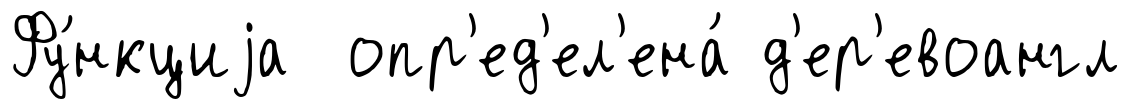
Фу́нкциjа опр'ед'ел'ена́ д'ер'евоангл